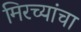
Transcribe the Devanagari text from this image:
मिरच्यांचा